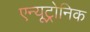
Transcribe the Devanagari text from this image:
एन्यूट्रोनिक